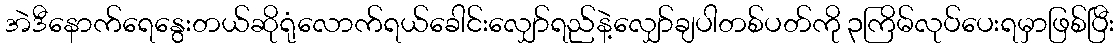
အဲဒီနောက်ရေနွေးတယ်ဆိုရုံလောက်ရယ်ခေါင်းလျှော်ရည်နဲ့လျှော်ချပါတစ်ပတ်ကို ၃ကြိမ်လုပ်ပေးရမှာဖြစ်ပြီး